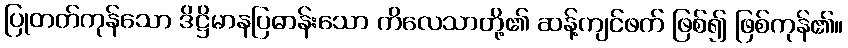
ပြုတတ်ကုန်သော ဒိဋ္ဌိမာနပြဓာန်းသော ကိလေသာတို့၏ ဆန့်ကျင်ဖက် ဖြစ်၍ ဖြစ်ကုန်၏။